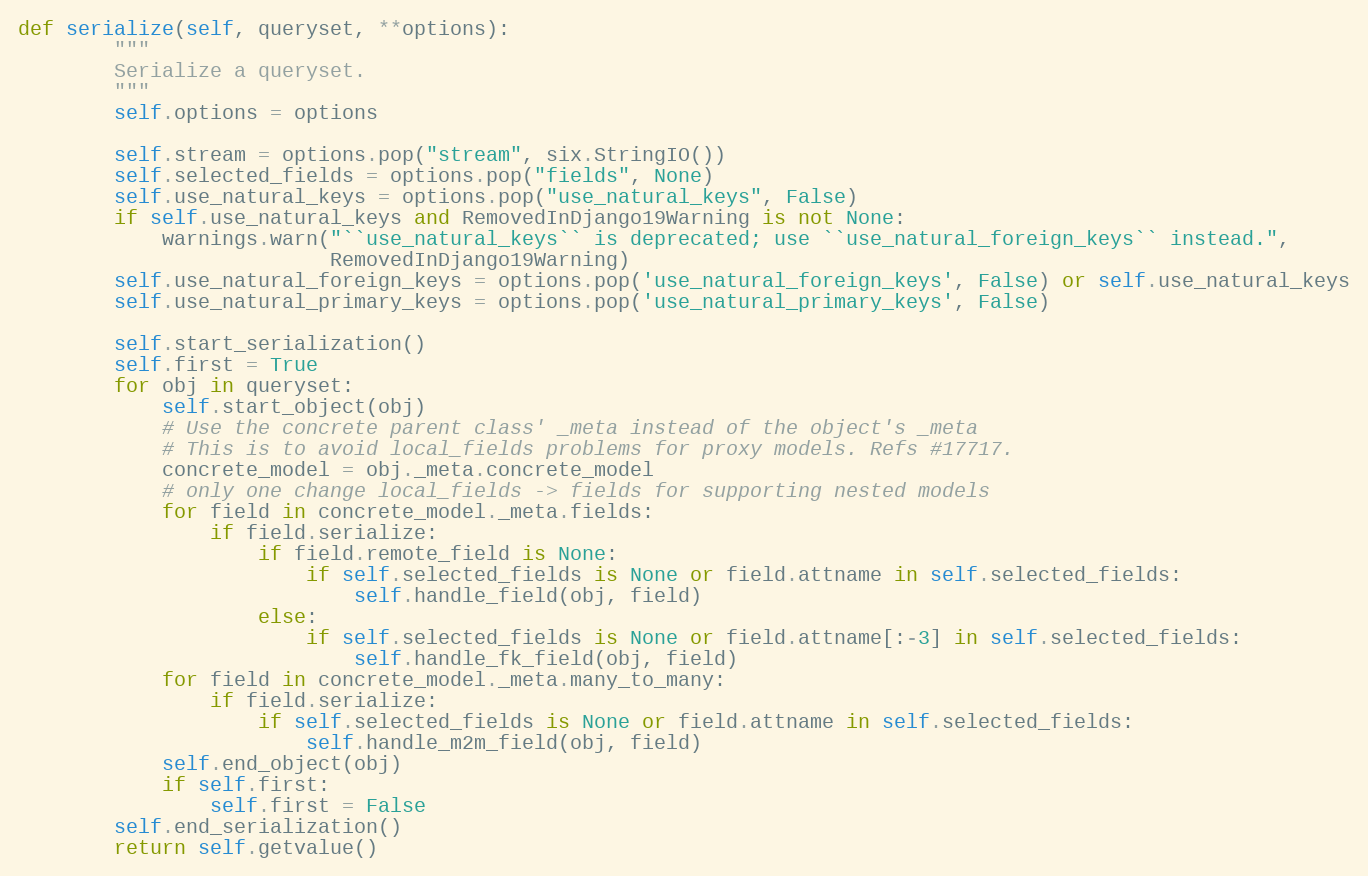
Language: Python
def serialize(self, queryset, **options):
        """
        Serialize a queryset.
        """
        self.options = options

        self.stream = options.pop("stream", six.StringIO())
        self.selected_fields = options.pop("fields", None)
        self.use_natural_keys = options.pop("use_natural_keys", False)
        if self.use_natural_keys and RemovedInDjango19Warning is not None:
            warnings.warn("``use_natural_keys`` is deprecated; use ``use_natural_foreign_keys`` instead.",
                          RemovedInDjango19Warning)
        self.use_natural_foreign_keys = options.pop('use_natural_foreign_keys', False) or self.use_natural_keys
        self.use_natural_primary_keys = options.pop('use_natural_primary_keys', False)

        self.start_serialization()
        self.first = True
        for obj in queryset:
            self.start_object(obj)
            # Use the concrete parent class' _meta instead of the object's _meta
            # This is to avoid local_fields problems for proxy models. Refs #17717.
            concrete_model = obj._meta.concrete_model
            # only one change local_fields -> fields for supporting nested models
            for field in concrete_model._meta.fields:
                if field.serialize:
                    if field.remote_field is None:
                        if self.selected_fields is None or field.attname in self.selected_fields:
                            self.handle_field(obj, field)
                    else:
                        if self.selected_fields is None or field.attname[:-3] in self.selected_fields:
                            self.handle_fk_field(obj, field)
            for field in concrete_model._meta.many_to_many:
                if field.serialize:
                    if self.selected_fields is None or field.attname in self.selected_fields:
                        self.handle_m2m_field(obj, field)
            self.end_object(obj)
            if self.first:
                self.first = False
        self.end_serialization()
        return self.getvalue()